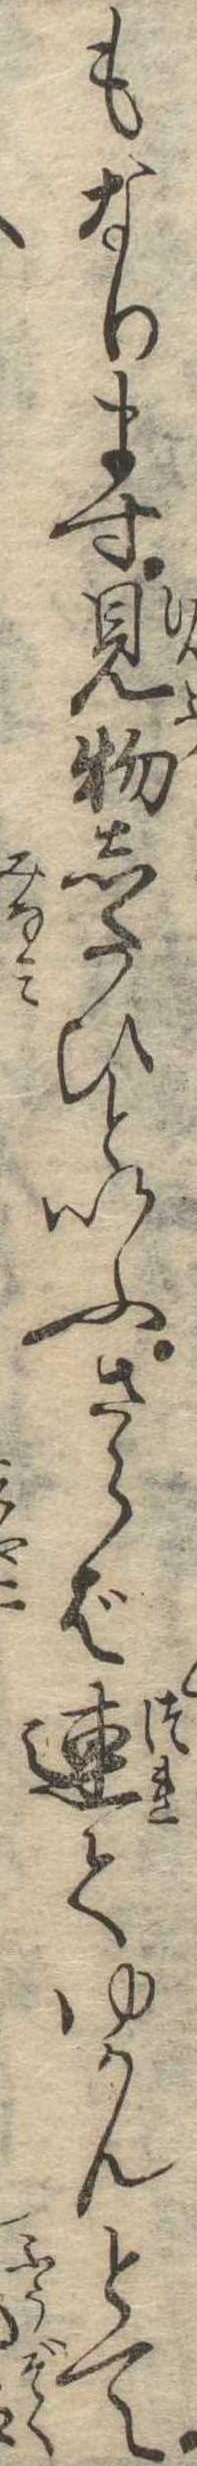
もなります見物したひといふさらば連てゆかんとて